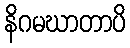
နိဂမဃာတာပိ